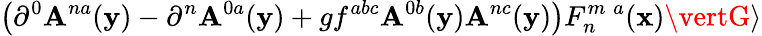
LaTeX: \left(\partial^{0}\mathbf{A}^{na}({\mathbf{y}})-\partial^{n}\mathbf{A}^{0a}({\mathbf{y}})+gf^{abc}\mathbf{A}^{0b}({\mathbf{y}})\mathbf{A}^{nc}({\mathbf{y}})\right)F_{n}^{m\; a}({\mathbf{x}})\vertG\rangle